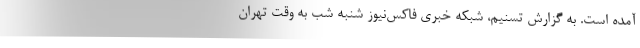
آمده است. به گزارش تسنیم، شبکه خبری فاکس‌نیوز شنبه شب به وقت تهران